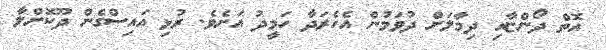
އޮތް ދޯންޏާއި ދިމާލަށް ދުވަމުން އެހެރަދާ ހަމީދު އަށެވެ. ރުޅި އައިސްގެން ދޫކޮށްލާ